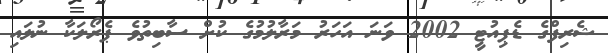
ޝެރިފްގެ ޑެޕިއުޓީ 2002 ވަނަ އަހަރު މަރާލުމުގެ ކުށް ސާބިތުވެ ޕެރޯލަކާ ނުލައި